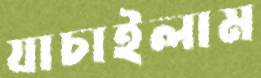
যাচাইলাম